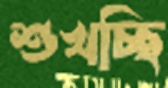
শুখচ্ছি